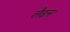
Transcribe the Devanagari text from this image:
लॅंडन